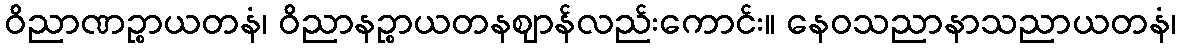
ဝိညာဏဉ္စာယတနံ၊ ဝိညာနဉ္စာယတနဈာန်လည်းကောင်း။ နေဝသညာနာသညာယတနံ၊